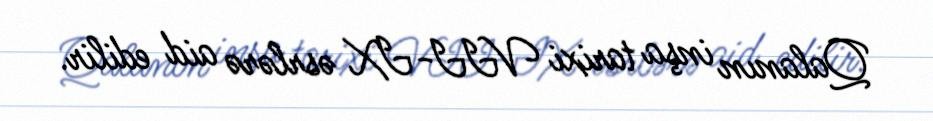
Qalanın inşa tarixi VII-IX əsrlərə aid edilir.